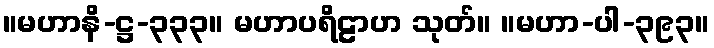
။မဟာနိ-ဋ္ဌ-၃၃၃။ မဟာပရိဠာဟ သုတ်။ ။မဟာ-ပါ-၃၉၃။